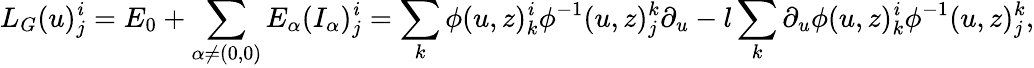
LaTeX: L_{G}(u)_{j}^{\mathit{i}}=E_{0}+\sum_{\alpha\neq(0,0)}E_{\alpha}(I_{\alpha})_{j}^{\mathit{i}}=\sum_{k}\phi(u,z)_{k}^{\mathit{i}}\phi^{-1}(u,z)_{j}^{k}\partial_{u}-l\sum_{k}\partial_{u}\phi(u,z)_{k}^{\mathit{i}}\phi^{-1}(u,z)_{j}^{k},